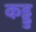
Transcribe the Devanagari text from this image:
कड्डु